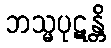
ဘသ္မပုဋန္တိ